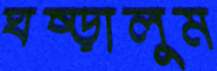
ঘষ্‌ড়ালুম